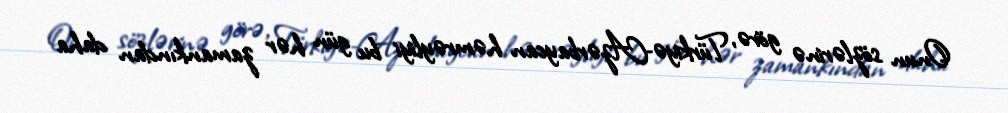
Onun sözlərinə görə, Türkiyə-Azərbaycan həmrəyliyi bu gün hər zamankından daha